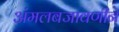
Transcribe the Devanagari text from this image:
अंमलबजावणीने